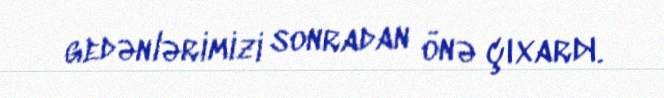
gedənlərimizi sonradan önə çıxardı.